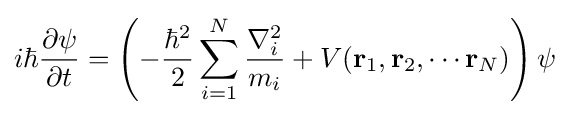
i\hbar {\frac {\partial \psi }{\partial t}}=\left(-{\frac {\hbar ^{2}}{2}}\sum _{i=1}^{N}{\frac {\nabla _{i}^{2}}{m_{i}}}+V(\mathbf {r} _{1},\mathbf {r} _{2},\cdots \mathbf {r} _{N})\right)\psi